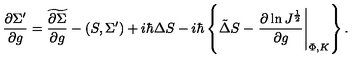
{ \frac { \partial \Sigma ^ { \prime } } { \partial g } } = \widetilde { \frac { \partial \Sigma } { \partial g } } - ( S , \Sigma ^ { \prime } ) + i \hbar \Delta S - i \hbar \left\{ \tilde { \Delta } S - \left. { \frac { \partial \ln J ^ { \frac { 1 } { 2 } } } { \partial g } } \right| _ { \Phi , K } \right\} .